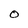
Character: O